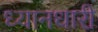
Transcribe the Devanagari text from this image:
ध्यानधारी